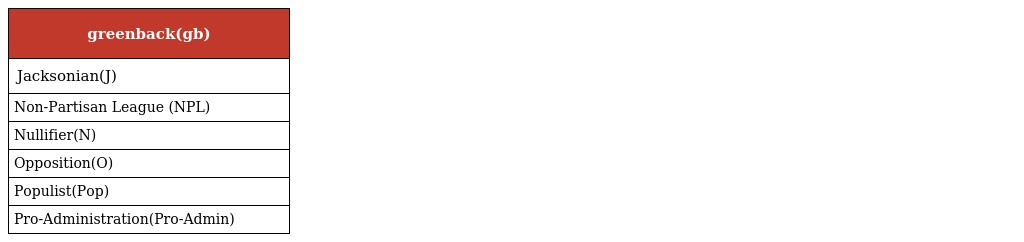
| greenback(gb) |
 | --- |
 | Jacksonian(J) |
 | Non-Partisan League (NPL) |
 | Nullifier(N) |
 | Opposition(O) |
 | Populist(Pop) |
 | Pro-Administration(Pro-Admin) |